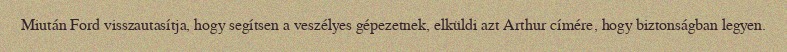
Miután Ford visszautasítja, hogy segítsen a veszélyes gépezetnek, elküldi azt Arthur címére, hogy biztonságban legyen.